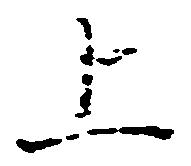
上